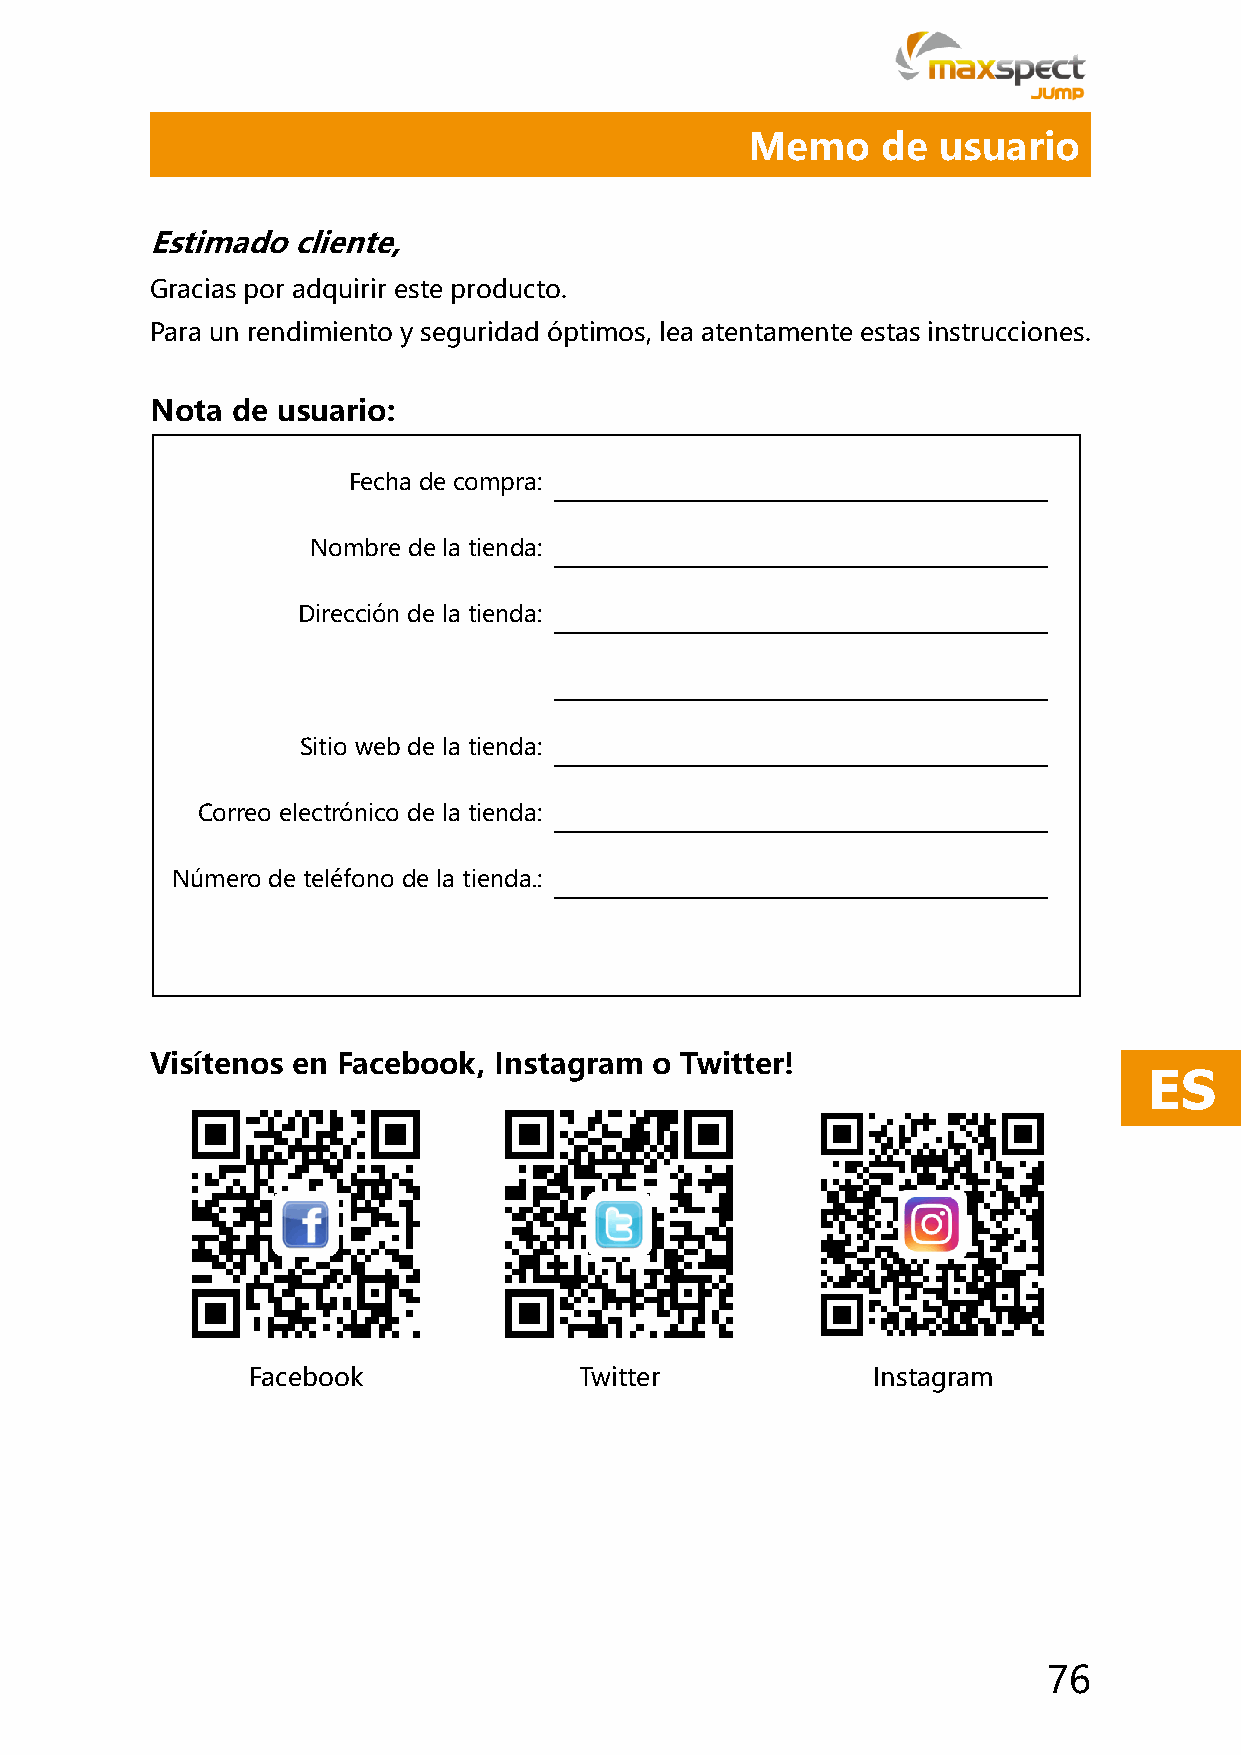
Memo     de  usuario
 Estimado cliente,
 Gracias por adquirir este producto.
 Para un rendimiento y seguridad óptimos, lea atentamente estas instrucciones.
 Nota de usuario:
 Fecha de compra:
 Nombre de la tienda:
 Dirección de la tienda:
 Sitio web de la tienda:
 Correo electrónico de la tienda:
 Número de teléfono de la tienda.:
 Visítenos en Facebook, Instagram o Twitter!
 ES
 Facebook              Twitter             Instagram
 76